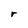
Character: r